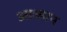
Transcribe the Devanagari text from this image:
आध्मान